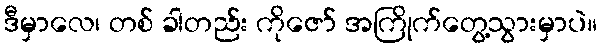
ဒီမှာလေ၊ တစ် ခါတည်း ကိုဇော် အကြိုက်တွေ့သွားမှာပဲ။